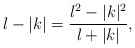
\begin{align*}l-|k| = \frac{l^2-|k|^2}{l+|k|},\end{align*}